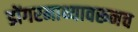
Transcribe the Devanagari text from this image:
डोंगरमाथ्यावरूनच